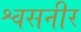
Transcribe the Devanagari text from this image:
श्वसनीर